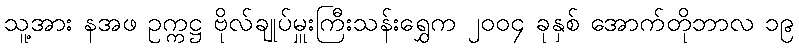
သူ့အား နအဖ ဥက္ကဋ္ဌ ဗိုလ်ချုပ်မှူးကြီးသန်းရွှေက ၂၀၀၄ ခုနှစ် အောက်တိုဘာလ ၁၉